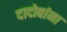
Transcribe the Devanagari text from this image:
दादोबांना